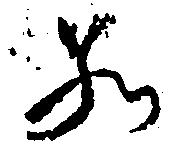
若